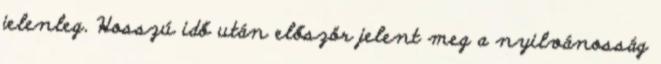
jelenleg. Hosszú idő után először jelent meg a nyilvánosság